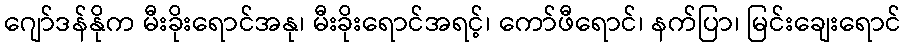
ဂျော်ဒန်နိုက မီးခိုးရောင်အနု၊ မီးခိုးရောင်အရင့်၊ ကော်ဖီရောင်၊ နက်ပြာ၊ မြင်းချေးရောင်